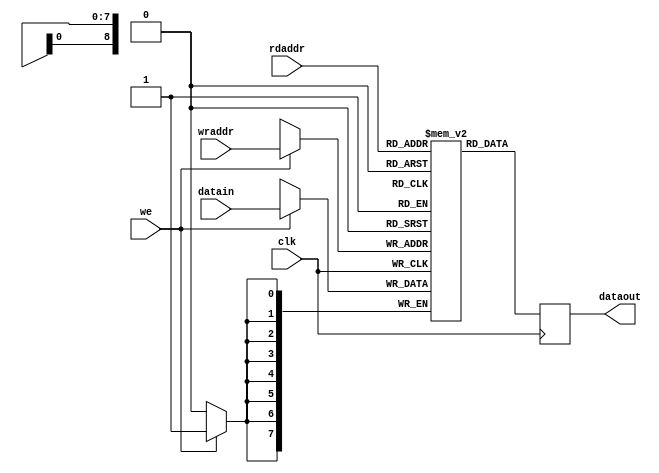
module mem512b(

	rdaddr, // read address
	wraddr, // write address

	datain,  // write data
	dataout, // read data

	we, // write enable

	clk
);

	input [8:0] rdaddr;
	input [8:0] wraddr;

	input      [7:0] datain;
	output reg [7:0] dataout;

	input we;

	input clk;


	reg [7:0] mem[0:511]; // memory block



	always @(posedge clk)
	begin
		dataout <= mem[rdaddr]; // reading data

		if( we ) // writing data
		begin
			mem[wraddr] <= datain;
		end
	end


endmodule